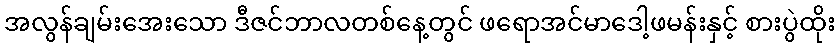
အလွန်ချမ်းအေးသော ဒီဇင်ဘာလတစ်နေ့တွင် ဖရောအင်မာဒေါ့ဖမန်းနှင့် စားပွဲထိုး